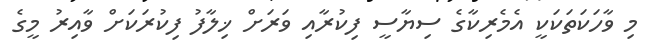
މި ވާހަކަތަކަކީ އެމެރިކާގެ ސިޔާސީ ފިކުރާއި ވަރަށް ޚިލާފު ފިކުރަކަށް ވާއިރު މީގެ